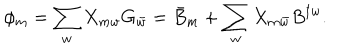
\phi _ { m } = \sum _ { w } X _ { m w } G _ { \bar { w } } = \bar { B } _ { m } + \sum _ { w } X _ { m \bar { w } } B ^ { \dagger w } .